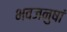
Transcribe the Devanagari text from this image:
भवजनुषां